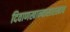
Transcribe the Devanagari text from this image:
दिवाणखान्यासारखाच